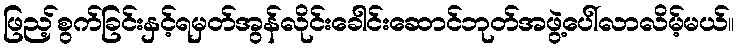
ဖြည့်စွက်ခြင်းနှင့်ရမှတ်အွန်လိုင်းခေါင်းဆောင်ဘုတ်အဖွဲ့ပေါ်လာလိမ့်မယ်။